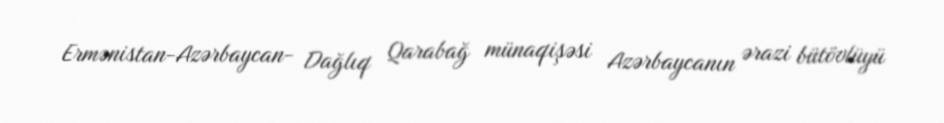
Ermənistan-Azərbaycan- Dağlıq Qarabağ münaqişəsi Azərbaycanın ərazi bütövlüyü